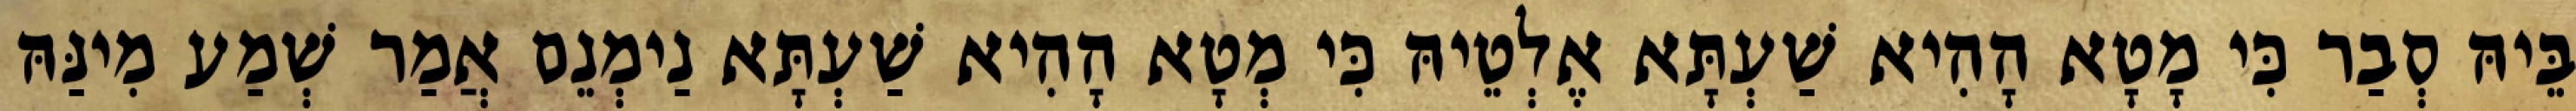
בֵּיהּ סְבַר כִּי מָטָא הָהִיא שַׁעְתָּא אֶלְטֵיהּ כִּי מְטָא הָהִיא שַׁעְתָּא נַימְנֵם אֲמַר שְׁמַע מִינַּהּ